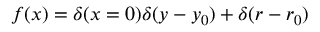
f ( x ) = \delta ( x = 0 ) \delta ( y - y _ { 0 } ) + \delta ( r - r _ { 0 } )